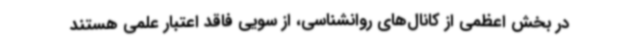
در بخش اعظمی از کانال‌های روانشناسی، از سویی فاقد اعتبار علمی هستند